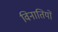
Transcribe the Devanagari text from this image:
विनातियों